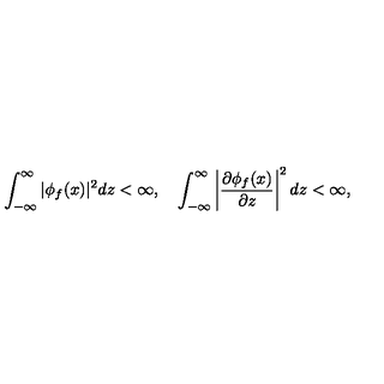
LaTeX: \int _ { - \infty } ^ { \infty } | \phi _ { f } ( x ) | ^ { 2 } d z < \infty , \quad \int _ { - \infty } ^ { \infty } \left| \frac { \partial \phi _ { f } ( x ) } { \partial z } \right| ^ { 2 } d z < \infty ,